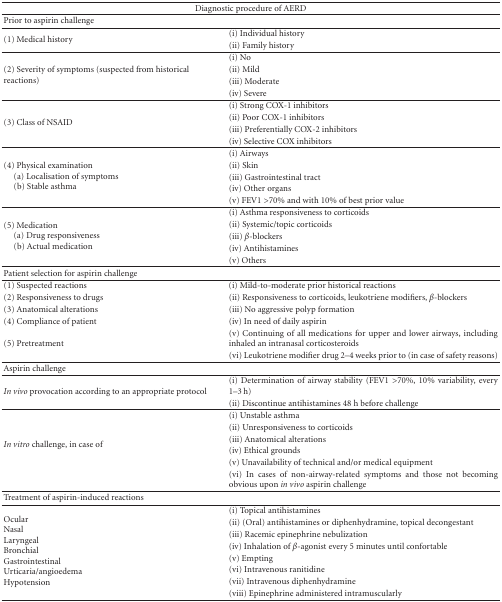
<table><thead><tr><td colspan="2"><b>Diagnostic procedure of AERD</b></td></tr></thead><tbody><tr><td>Prior to aspirin challenge</td><td> </td></tr><tr><td rowspan="2">(1) Medical history</td><td>(i) Individual history</td></tr><tr><td>(ii) Family history</td></tr><tr><td rowspan="4">(2) Severity of symptoms (suspected from historical reactions)</td><td>(i) No</td></tr><tr><td>(ii) Mild</td></tr><tr><td>(iii) Moderate</td></tr><tr><td>(iv) Severe</td></tr><tr><td rowspan="4">(3) Class of NSAID</td><td>(i) Strong COX-1 inhibitors</td></tr><tr><td>(ii) Poor COX-1 inhibitors</td></tr><tr><td>(iii) Preferentially COX-2 inhibitors</td></tr><tr><td>(iv) Selective COX inhibitors</td></tr><tr><td rowspan="5">(4) Physical examination(a) Localisation of symptoms (b) Stable asthma</td><td>(i) Airways</td></tr><tr><td>(ii) Skin</td></tr><tr><td>(iii) Gastrointestinal tract</td></tr><tr><td>(iv) Other organs</td></tr><tr><td>(v) FEV1 &gt;70% and with 10% of best prior value</td></tr><tr><td rowspan="5">(5) Medication(a) Drug responsiveness (b) Actual medication</td><td>(i) Asthma responsiveness to corticoids</td></tr><tr><td>(ii) Systemic/topic corticoids</td></tr><tr><td>(iii) <i>β</i>-blockers</td></tr><tr><td>(iv) Antihistamines</td></tr><tr><td>(v) Others</td></tr><tr><td>Patient selection for aspirin challenge</td><td> </td></tr><tr><td>(1) Suspected reactions</td><td>(i) Mild-to-moderate prior historical reactions</td></tr><tr><td>(2) Responsiveness to drugs</td><td>(ii) Responsiveness to corticoids, leukotriene modifiers, <i>β</i>-blockers</td></tr><tr><td>(3) Anatomical alterations</td><td>(iii) No aggressive polyp formation</td></tr><tr><td>(4) Compliance of patient</td><td>(iv) In need of daily aspirin</td></tr><tr><td rowspan="2">(5) Pretreatment</td><td>(v) Continuing of all medications for upper and lower airways, including inhaled an intranasal corticosteroids</td></tr><tr><td>(vi) Leukotriene modifier drug 2–4 weeks prior to (in case of safety reasons) </td></tr><tr><td>Aspirin challenge</td><td> </td></tr><tr><td rowspan="2"><i>In vivo</i> provocation according to an appropriate protocol</td><td>(i) Determination of airway stability (FEV1 &gt;70%, 10% variability, every 1–3 h)</td></tr><tr><td>(ii) Discontinue antihistamines 48 h before challenge</td></tr><tr><td rowspan="6"><i>In vitro</i> challenge, in case of</td><td>(i) Unstable asthma</td></tr><tr><td>(ii) Unresponsiveness to corticoids</td></tr><tr><td>(iii) Anatomical alterations</td></tr><tr><td>(iv) Ethical grounds</td></tr><tr><td>(v) Unavailability of technical and/or medical equipment</td></tr><tr><td>(vi) In cases of non-airway-related symptoms and those not becoming obvious upon <i>in vivo</i> aspirin challenge</td></tr><tr><td>Treatment of aspirin-induced reactions</td><td> </td></tr><tr><td rowspan="8">OcularNasalLaryngealBronchialGastrointestinalUrticaria/angioedemaHypotension</td><td>(i) Topical antihistamines</td></tr><tr><td>(ii) (Oral) antihistamines or diphenhydramine, topical decongestant</td></tr><tr><td>(iii) Racemic epinephrine nebulization</td></tr><tr><td>(iv) Inhalation of <i>β</i>-agonist every 5 minutes until confortable</td></tr><tr><td>(v) Empting</td></tr><tr><td>(vi) Intravenous ranitidine</td></tr><tr><td>(vii) Intravenous diphenhydramine</td></tr><tr><td>(viii) Epinephrine administered intramuscularly</td></tr></tbody></table>